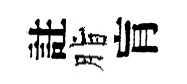
註脂肓